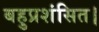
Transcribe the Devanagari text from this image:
बहुप्रशंसित।